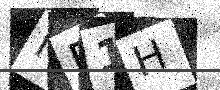
Text: MP1H